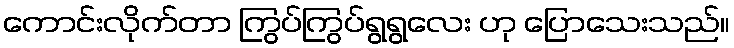
ကောင်းလိုက်တာ ကြွပ်ကြွပ်ရွရွလေး ဟု ပြောသေးသည်။